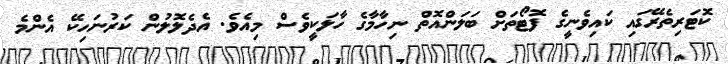
ކޮޓަރިތެރޭގައި ކައިވެނީގެ ފޮޓޯތަށް ބަލަންއޮތް ނިހާމާގެ ހާލަކީވެސް މިއެވެ. އެދެލޮލުން ކަރުނަހިކޭ އެންމެ